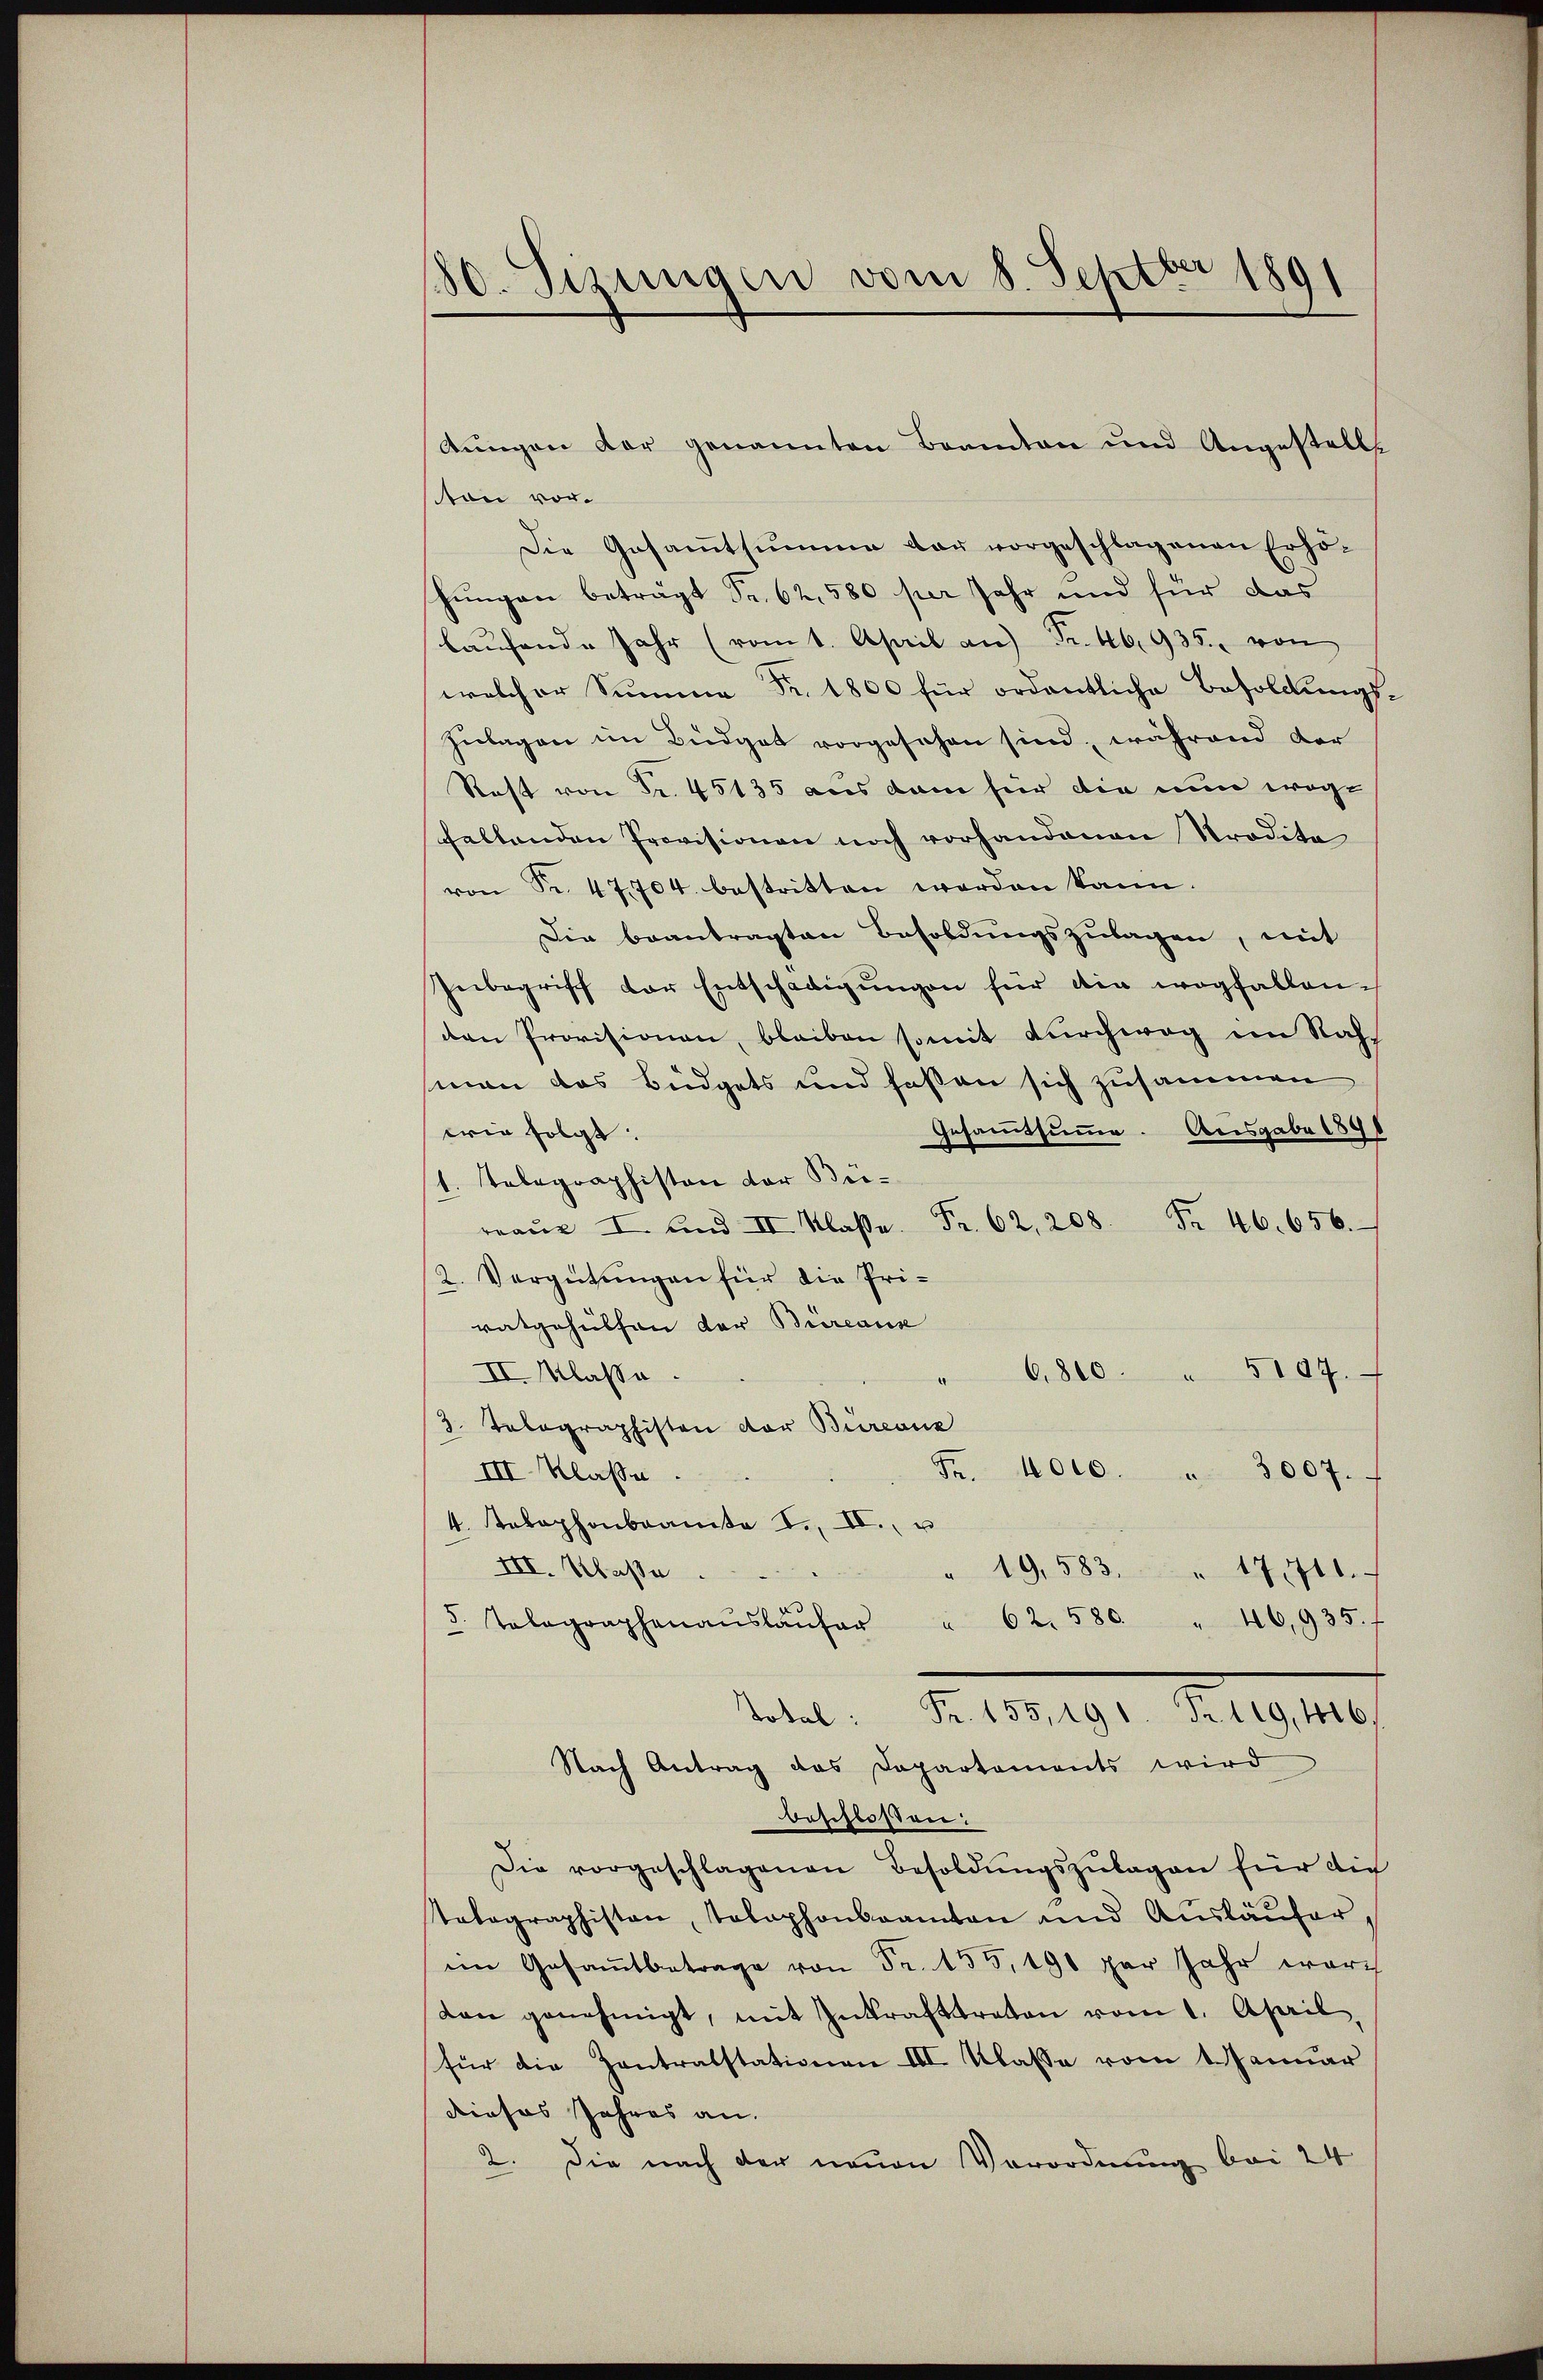
10. Sizungen vom 8. Septbr 1891

tŭngen der genannten Beamten und Angestellt
ston vor.
Die Gesamtsumme dar vorgeschlagenen Erhöhungen beträgt Fr. 62, 580 per Jahr und für das
laŭfende Jahr (vom 1. April an Fr. 46, 935. von
welcher Summe Fr. 1800 für ordentliche Besoldungs-
Zulagen im Büdget vorgesehen sind, während der
Rast von Fr. 45135 aus dem für die nun woge
haltenden Provisionen noch vorhandenen Tradita
von Fr. 47704. bestritten worden kann.
Die beantragten Besoldungszulagen, mit
Inbegriff der Entschädigungen für die wegfallenden Provisionen, bleiben somit durchwog im Nahman das Büdgets und faßen sich zusammen
Gesammtsumme. Ausgabe 1896
wie folgt.
1. Telegraphiston der Bieaŭ I und II Klasse. Fr. 62. 208. Fr. 46. 656.
2. Vergütungen für die Priratgehülfen der Bureaus
II. Klasse.
6,800 " 5107.
3. Telographisten der Büreaux
III. Klasse.
Fr. 4000. " 3007.
4. Telephonbeamte I. II. u
III. Klasse
" 19,583. " 17710.
5. Telegraphenaŭslaŭfer " 62. 580 " 46,935. f
Fr. 155, 191. Fr. 119,416
Total:
Nach Antrag das Departaments wird
beschlossen:
Die vorgeschlagenen Besoldŭngszŭlagen für die
tabagraphiston, Tolaphonbeamten und Aŭsläŭfer,
im Gesamtbetrage von Fr. 155, 191 par Jahr war
den genehmigt, mit Inkrafttreten vom 1. April,
für die Zentralstationen III. Klasse vom 1. Januar
dieses Jahres an.
2. Die nach der neuen Verordnung bei 24